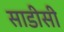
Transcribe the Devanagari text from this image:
साडीसी